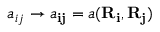
a _ { i j } \to a _ { \mathbf { i } \mathbf { j } } = a ( \mathbf { R } _ { \mathbf { i } } , \mathbf { R } _ { \mathbf { j } } )